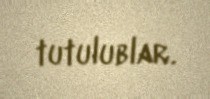
tutulublar.